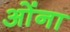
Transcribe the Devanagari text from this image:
ओंना